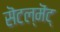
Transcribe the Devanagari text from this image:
सॆटल्‌मॆंट्